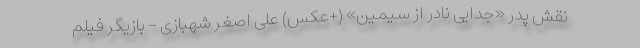
نقش پدر «جدایی نادر از سیمین» (+عکس) علی اصغر شهبازی - بازیگر فیلم